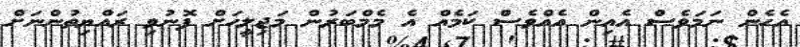
އެހެން ނަމަވެސް އެއިން އެއްވެސް ކަމެއް އެ މެމްބަރުން މަޖިލީހަށް ފޮނުވި ރައްޔިތުންނަށް